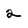
Character: 2